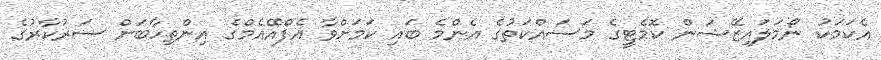
އެކަަމަކު ނޯމަލައިޒޭޝަން ކޮމެޓީގެ މަސައްކަތުގެ އެންމެ ބައި ކަމަށްވާ އެފްއޭއެމްގެ އިންތިހާބަށް ސަރުކާރުގެ